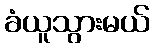
ခံယူသွားမယ်